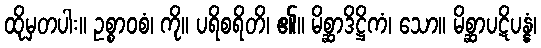
ထိုမှတပါး။ ဥစ္စာဝစံ၊ ကို။ ပရိစရိတိ၊ ၏။ မိစ္ဆာဒိဋ္ဌိကံ၊ သော။ မိစ္ဆာပဋိပန္နံ၊